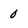
Character: 0